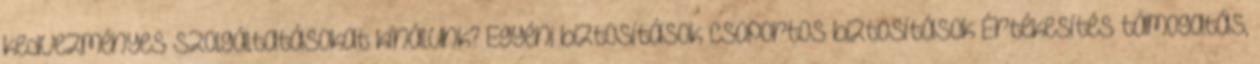
kedvezményes szolgáltatásokat kínálunk? Egyéni biztosítások Csoportos biztosítások Értékesítés támogatás,